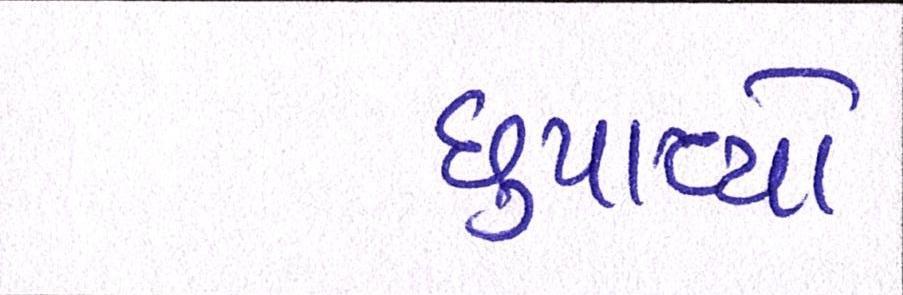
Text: છુપાવ્યો